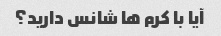
آیا با کرم ها شانس دارید؟